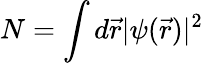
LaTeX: N=\int d{\vec{r}}|\psi({\vec{r}})|^{2}